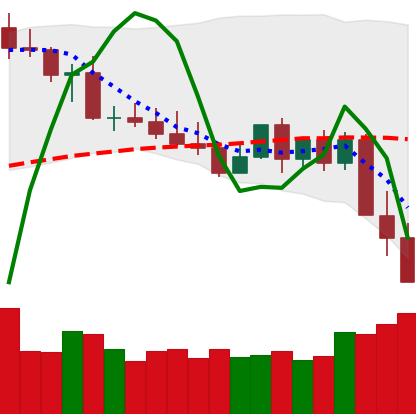
Ticker: XMR-USD
Chart end date: 2022-05-11
Forward return: 16.923%
Label: up_7plus